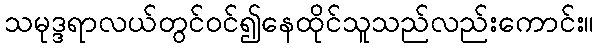
သမုဒ္ဒရာလယ်တွင်ဝင်၍နေထိုင်သူသည်လည်းကောင်း။